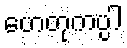
ဟေတုကပ္ပါ